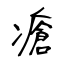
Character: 瘡